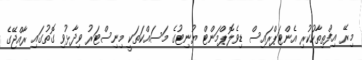
މިރޭ އިފްތިތާހުކުރި އެންޓަޕްރައިސް ޑިވެލޮޕްމަންޓް ޔުނިޓުގެ މަސައްކަތަކީ މިނިސްޓަރު ވިދާޅުވި ގޮތުގައި ރާއްޖޭގެ